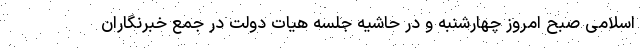
اسلامی صبح امروز چهارشنبه و در حاشیه جلسه هیات دولت در جمع خبرنگاران